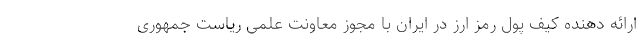
ارائه دهنده کیف پول رمز ارز در ایران با مجوز معاونت علمی ریاست جمهوری